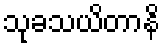
သုခသယိတာနိ